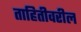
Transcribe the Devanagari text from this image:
ताहितीवरील